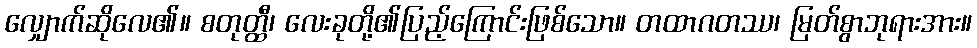
လျှောက်ဆိုလေ၏။ စတုတ္ထီ၊ လေးခုတို့၏ပြည့်ကြောင်းဖြစ်သော။ တထာဂတဿ၊ မြတ်စွာဘုရားအား။